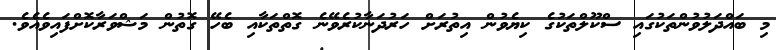
މި ބައްދަލުވުންތަކުގައި ސްކޫލްތަކުގެ ކިޔެވުން އިތުރަށް ހަރުދަނާކުރެވޭނެ ގޮތްތަކާއި ބެހޭ ގޮޮތުން މަޝްވަރާކޮށްފައިވެއެވެ.